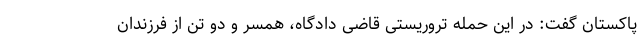
پاکستان گفت: در این حمله تروریستی قاضی دادگاه، همسر و دو تن از فرزندان